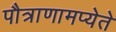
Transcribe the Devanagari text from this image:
पौत्राणामप्येते